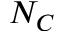
N _ { C }